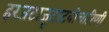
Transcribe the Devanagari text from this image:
हरजटाजूटाटवीचारिणी